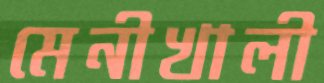
মেনীখালী